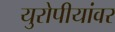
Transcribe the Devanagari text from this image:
युरोपीयांवर